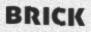
BRICK